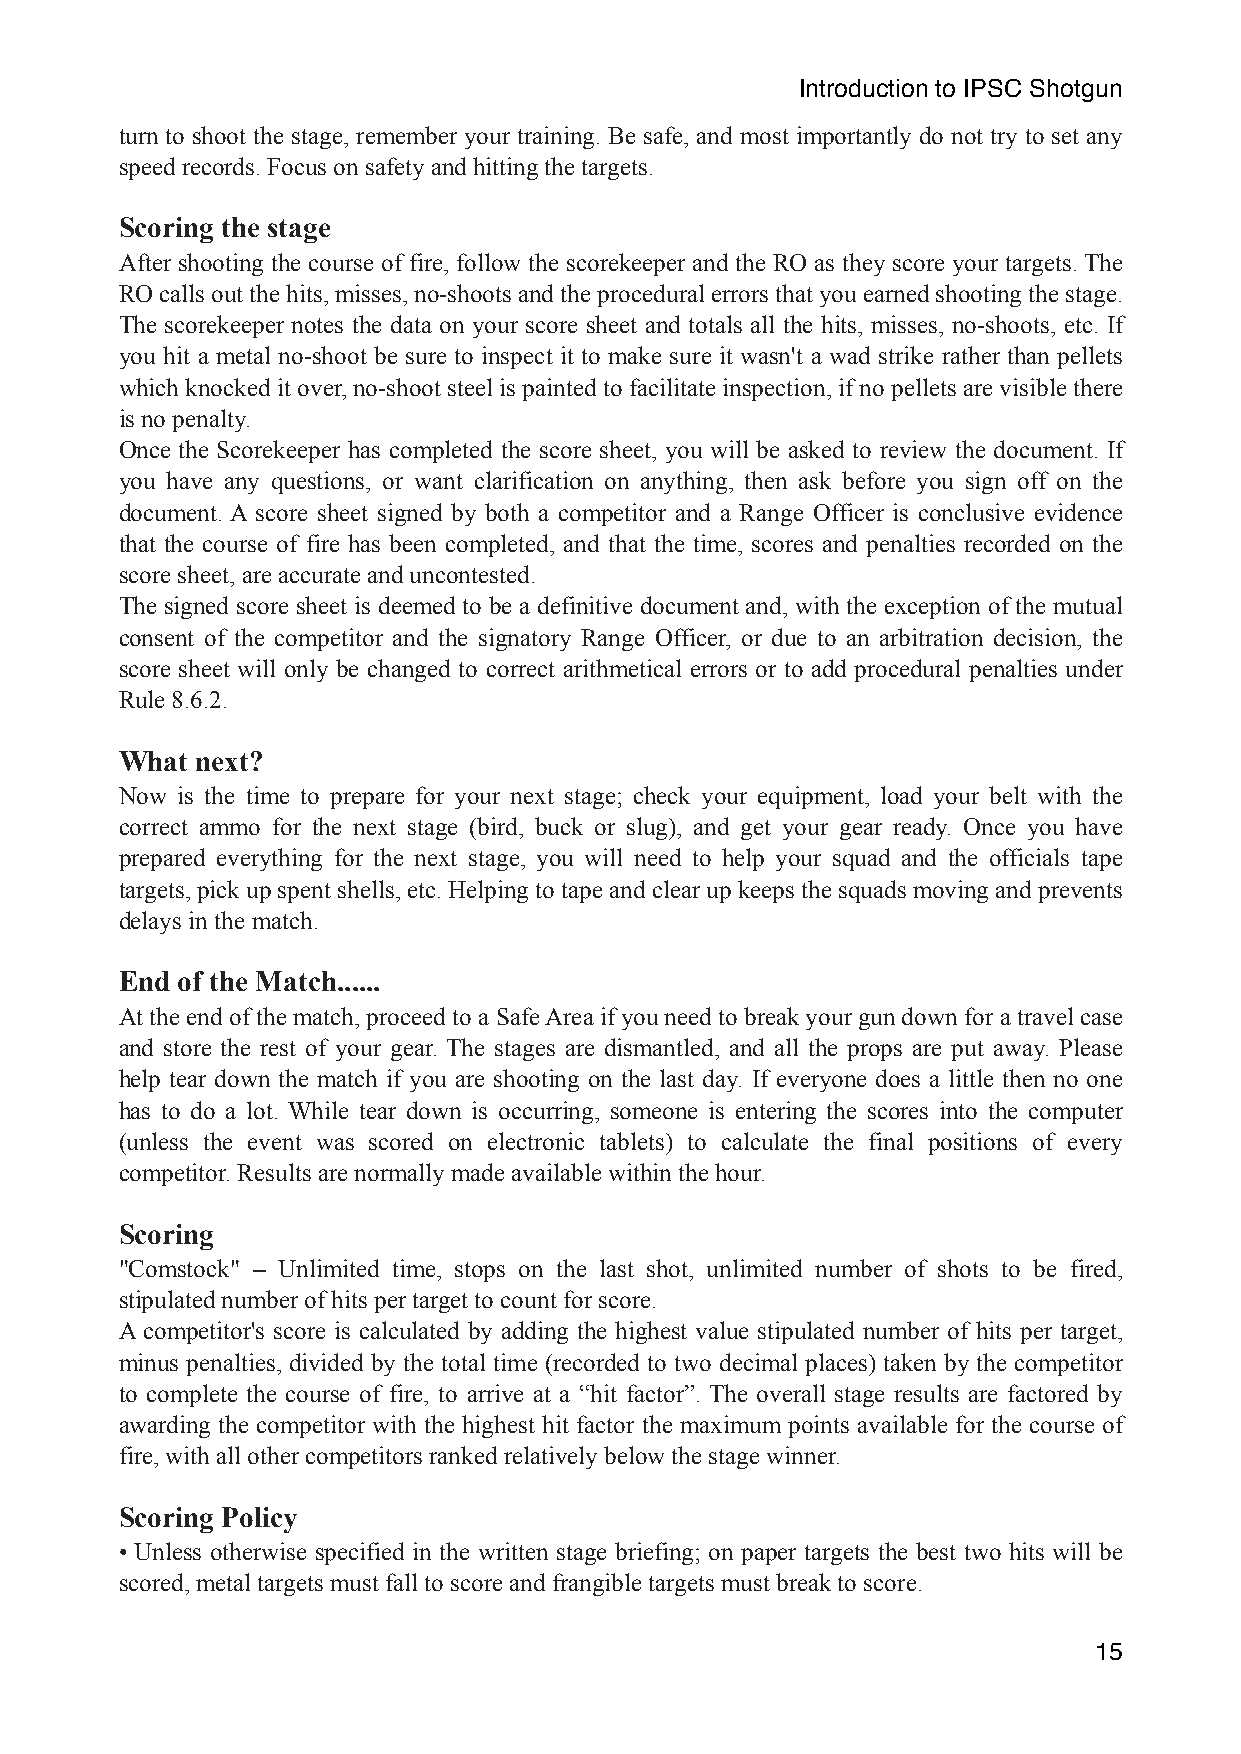
Introduction to IPSC Shotgun
 turn to shoot the stage, remember your training. Be safe, and most importantly do not try to set any
 speed records. Focus on safety and hitting the targets.
 Scoring the stage
 After shooting the course of fire, follow the scorekeeper and the RO as they score your targets. The
 RO calls out the hits, misses, no-shoots and the procedural errors that you earned shooting the stage.
 The scorekeeper notes the data on your score sheet and totals all the hits, misses, no-shoots, etc. If
 you hit a metal no-shoot be sure to inspect it to make sure it wasn't a wad strike rather than pellets
 which knocked it over, no-shoot steel is painted to facilitate inspection, if no pellets are visible there
 is no penalty.
 Once the Scorekeeper has completed the score sheet, you will be asked to review the document. If
 you have any questions, or want clarification on anything, then ask before you sign off on the
 document. A score sheet signed by both a competitor and a Range Officer is conclusive evidence
 that the course of fire has been completed, and that the time, scores and penalties recorded on the
 score sheet, are accurate and uncontested.
 The signed score sheet is deemed to be a definitive document and, with the exception of the mutual
 consent of the competitor and the signatory Range Officer, or due to an arbitration decision, the
 score sheet will only be changed to correct arithmetical errors or to add procedural penalties under
 Rule 8.6.2.
 What next?
 Now is the time to prepare for your next stage; check your equipment, load your belt with the
 correct ammo for the next stage (bird, buck or slug), and get your gear ready. Once you have
 prepared everything for the next stage, you will need to help your squad and the officials tape
 targets, pick up spent shells, etc. Helping to tape and clear up keeps the squads moving and prevents
 delays in the match.
 End of the Match......
 At the end of the match, proceed to a Safe Area if you need to break your gun down for a travel case
 and store the rest of your gear. The stages are dismantled, and all the props are put away. Please
 help tear down the match if you are shooting on the last day. If everyone does a little then no one
 has to do a lot. While tear down is occurring, someone is entering the scores into the computer
 (unless the event was scored on electronic tablets) to calculate the final positions of every
 competitor. Results are normally made available within the hour.
 Scoring
 "Comstock" – Unlimited time, stops on the last shot, unlimited number of shots to be fired,
 stipulated number of hits per target to count for score.
 A competitor's score is calculated by adding the highest value stipulated number of hits per target,
 minus penalties, divided by the total time (recorded to two decimal places) taken by the competitor
 to complete the course of fire, to arrive at a “hit factor”. The overall stage results are factored by
 awarding the competitor with the highest hit factor the maximum points available for the course of
 fire, with all other competitors ranked relatively below the stage winner.
 Scoring Policy
 • Unless otherwise specified in the written stage briefing; on paper targets the best two hits will be
 scored, metal targets must fall to score and frangible targets must break to score.
 15